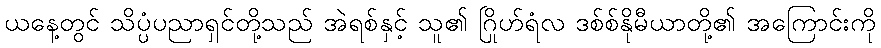
ယနေ့တွင် သိပ္ပံပညာရှင်တို့သည် အဲရစ်နှင့် သူ၏ ဂြိုဟ်ရံလ ဒစ်စ်နိုမီယာတို့၏ အကြောင်းကို